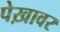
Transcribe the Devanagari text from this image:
पेख़ावर